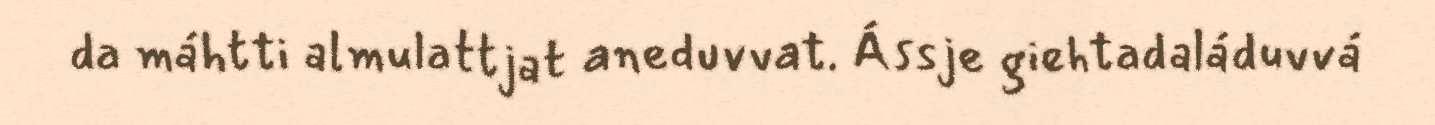
da máhtti almulattjat aneduvvat. Ássje giehtadaláduvvá